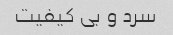
سرد و بی کیفیت